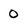
Character: 0